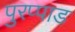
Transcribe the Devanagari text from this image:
पुरप्पाड